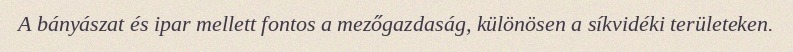
A bányászat és ipar mellett fontos a mezőgazdaság, különösen a síkvidéki területeken.